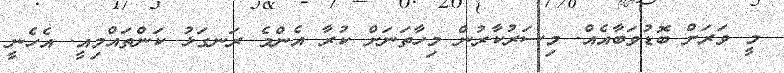
މީ ވަރަށް ބޮޑުވަބާއެއް. މިސަރުކާރުން މިހާތަނަށް ކުރާ އެންމެ ރަނގަޅު ކަންތައްމިއީ. އެހެނީ